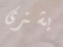
يشترى